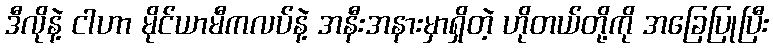
ဒီလိုနဲ့ ငါဟာ မိုင်ယာမီကလပ်နဲ့ အနီးအနားမှာရှိတဲ့ ဟိုတယ်တို့ကို အခြေပြုပြီး